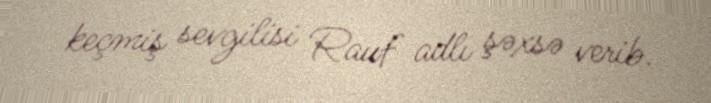
keçmiş sevgilisi Rauf adlı şəxsə verib.